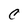
Character: C